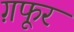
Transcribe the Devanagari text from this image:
ग़फूर